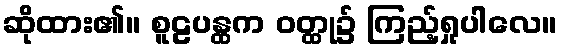
ဆိုထား၏။ စူဠပန္ထက ဝတ္ထု၌ ကြည့်ရှုပါလေ။